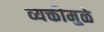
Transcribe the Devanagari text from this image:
व्यक्तीमुळे